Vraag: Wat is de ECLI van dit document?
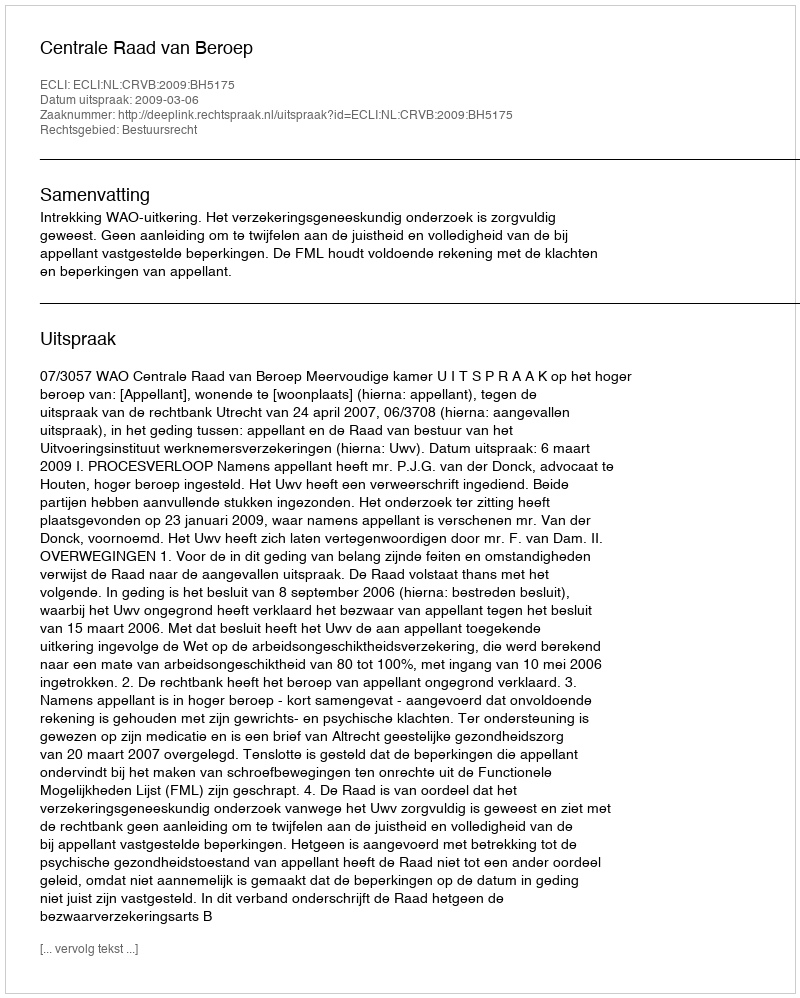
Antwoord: ECLI:NL:CRVB:2009:BH5175